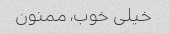
خیلی خوب، ممنون